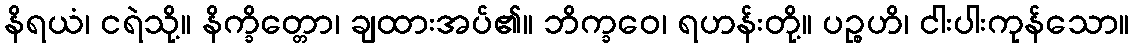
နိရယံ၊ ငရဲသို့။ နိက္ခိတ္တော၊ ချထားအပ်၏။ ဘိက္ခဝေ၊ ရဟန်းတို့။ ပဉ္စဟိ၊ ငါးပါးကုန်သော။